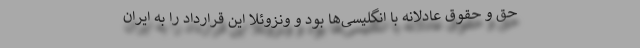
حق و حقوق عادلانه با انگلیسی‌ها بود و ونزوئلا این قرارداد را به ایران